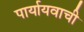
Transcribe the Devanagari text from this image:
पार्यायवाची